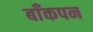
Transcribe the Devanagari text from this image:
बाँकपन